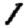
Digit: 1